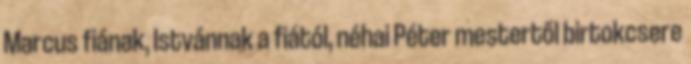
Marcus fiának, István­nak a fiától, néhai Péter mestertől birtokcsere